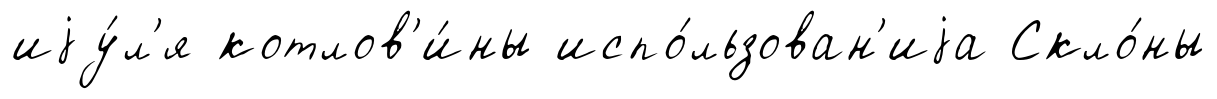
иjу́л'я котлов'и́ны испо́льзован'иjа Скло́ны